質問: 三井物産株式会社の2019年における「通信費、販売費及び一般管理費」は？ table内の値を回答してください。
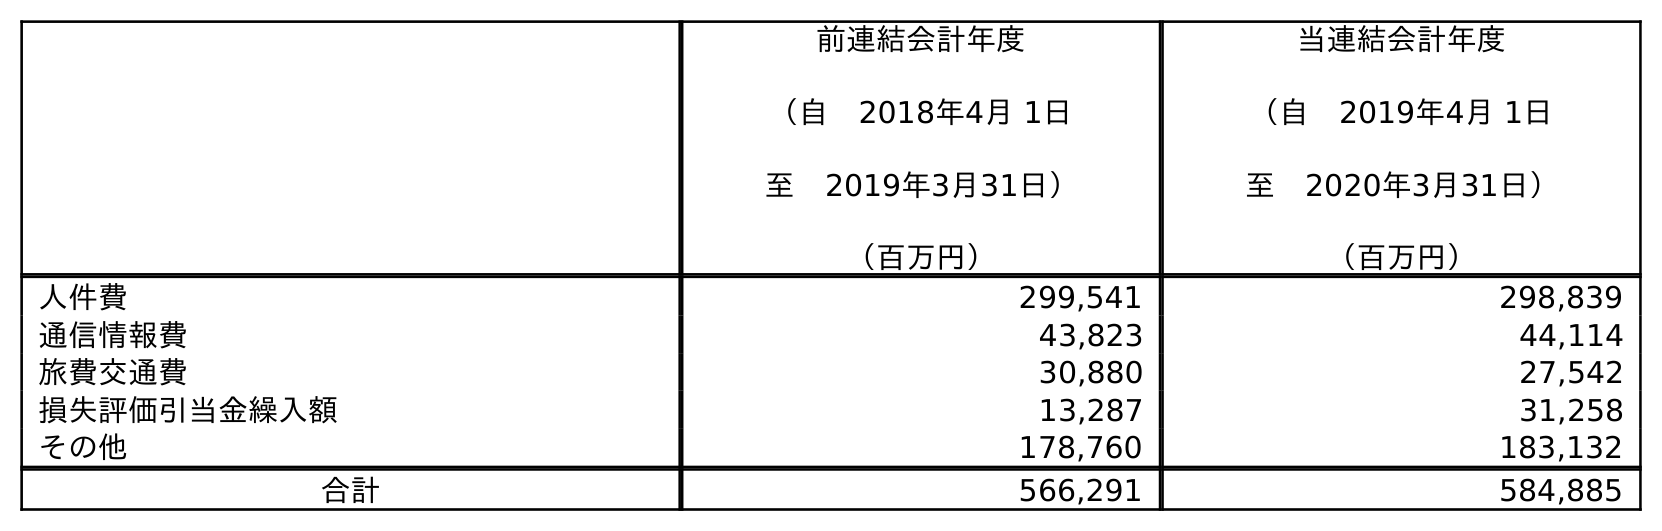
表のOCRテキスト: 前連結会計年度 （自 2018年4月 1日 至 2019年3月31日） （百万円） 当連結会計年度 （自 2019年4月 1日 至 2020年3月31日） （百万円） 人件費 299,541 298,839 通信情報費 43,823 44,114 旅費交通費 30,880 27,542 損失評価引当金繰入額 13,287 31,258 その他 178,760 183,132 合計 566,291 584,885
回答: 43,823